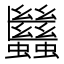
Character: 𧖀